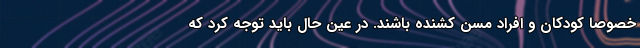
خصوصاً کودکان و افراد مسن کشنده باشند. در عین حال باید توجه کرد که